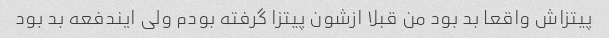
پیتزاش واقعا بد بود من قبلا ازشون پیتزا گرفته بودم ولی ایندفعه بد بود